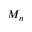
M _ { n }